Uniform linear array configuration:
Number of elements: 32
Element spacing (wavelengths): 1
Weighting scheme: exponential
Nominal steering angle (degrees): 15
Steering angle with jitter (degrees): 16.347
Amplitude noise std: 0.05
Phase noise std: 0.05

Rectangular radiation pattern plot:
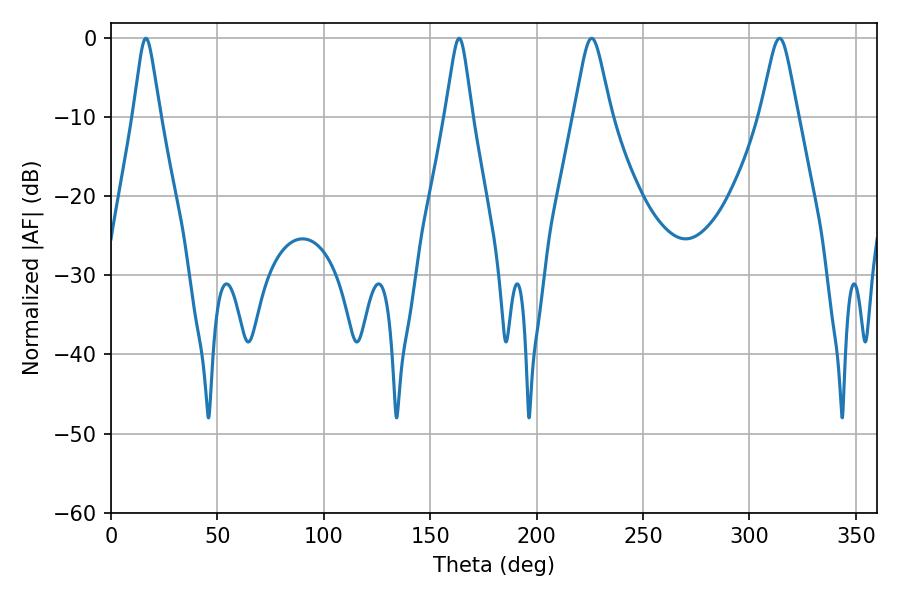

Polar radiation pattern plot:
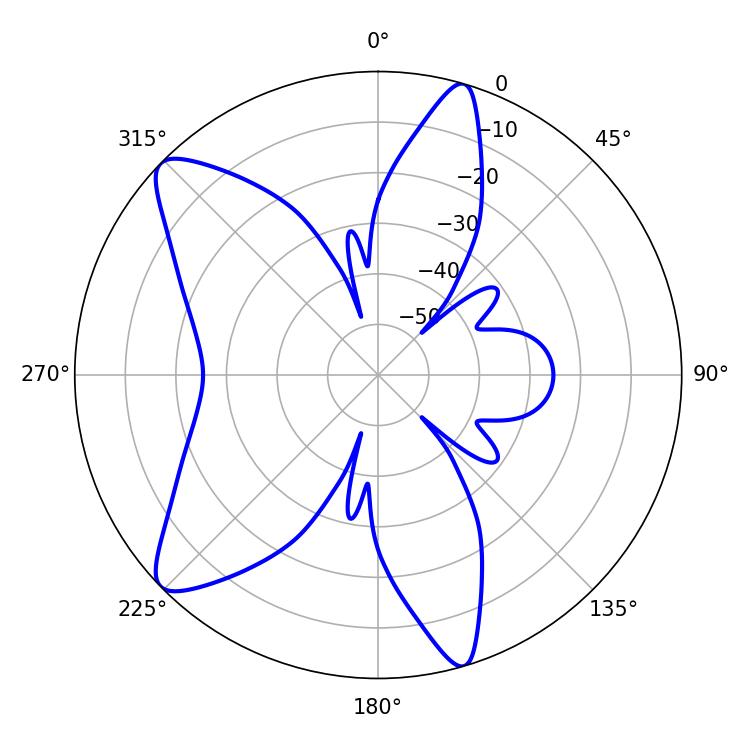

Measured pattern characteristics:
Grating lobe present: TRUE
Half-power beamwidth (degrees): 5.94
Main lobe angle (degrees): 16.38